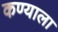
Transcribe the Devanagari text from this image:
कण्याला